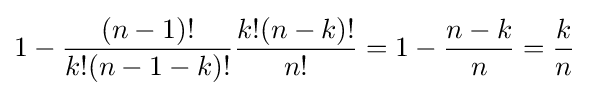
1-{\frac {(n-1)!}{k!(n-1-k)!}}{\frac {k!(n-k)!}{n!}}=1-{\frac {n-k}{n}}={\frac {k}{n}}